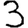
Digit: 3